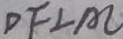
D F \bot A C